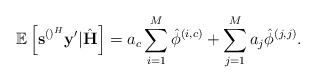
\begin{align*} \mathbb{E}\left[\mathbf{s}^{\left(\right)^H}\mathbf{y}'|\hat{\mathbf{H}}\right]=a_c\sum_{i=1}^M\hat{\phi}^{\left(i,c\right)}+\sum_{j=1}^{M}a_j\hat{\phi}^{\left(j,j\right)}.\end{align*}